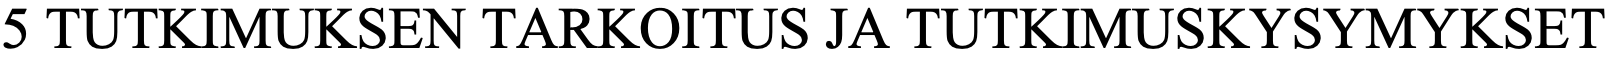
5 TUTKIMUKSEN   TARKOITUS  JA TUTKIMUSKYSYMYKSET